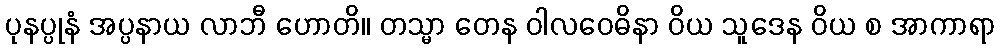
ပုနပ္ပုနံ အပ္ပနာယ လာဘီ ဟောတိ။ တသ္မာ တေန ဝါလဝေဓိနာ ဝိယ သူဒေန ဝိယ စ အာကာရာ